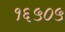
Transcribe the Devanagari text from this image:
१६५०५